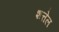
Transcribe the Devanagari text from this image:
शत्तेल